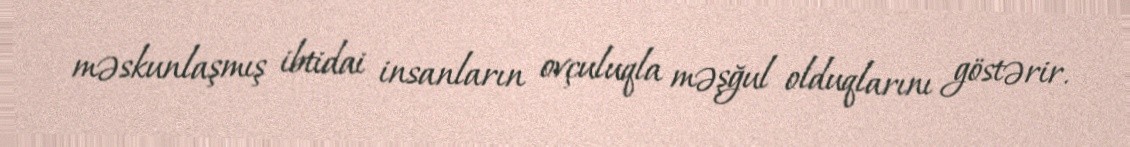
məskunlaşmış ibtidai insanların ovçuluqla məşğul olduqlarını göstərir.